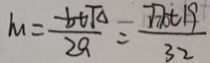
m = \frac { - b t \sqrt { \Delta } } { 2 a } = \frac { 7 7 t 1 9 } { 3 2 }